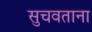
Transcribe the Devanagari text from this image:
सुचवताना